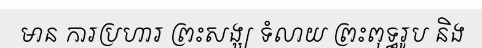
មាន ការប្រហារ ព្រះសង្ឃ ទំលាយ ព្រះពុទ្ធរូប និង